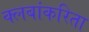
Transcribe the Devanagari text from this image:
क्लबांकरिता